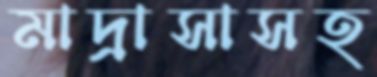
মাদ্রাসাসহ